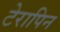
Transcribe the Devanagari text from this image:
टेरापिन